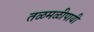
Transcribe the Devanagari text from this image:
तळमळीपायी